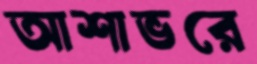
আশাভরে